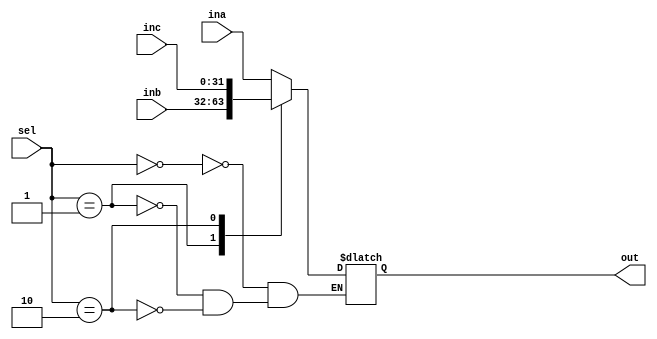
module mux3_1(ina,inb,inc,sel,out);

    input [31:0] ina,inb,inc;
    input [1:0] sel;
    output reg [31:0] out;

    always@(*)begin
        case(sel)
            2'b00 : out <= ina;
            2'b01 : out <= inb;
            2'b10 : out <= inc;
        endcase
    end
endmodule